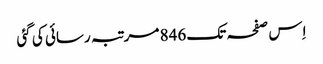
اِس صفحہ تک 846 مرتبہ رسائی کی گئی